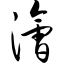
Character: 浍